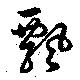
飄